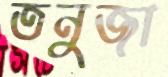
তনুজা